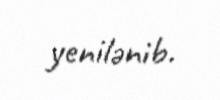
yenilənib.